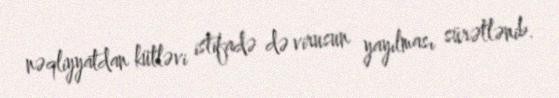
nəqliyyatdan kütləvi istifadə də virusun yayılması sürətlənib.